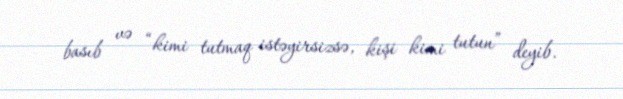
basıb və “kimi tutmaq istəyirsizsə, kişi kimi tutun” deyib.